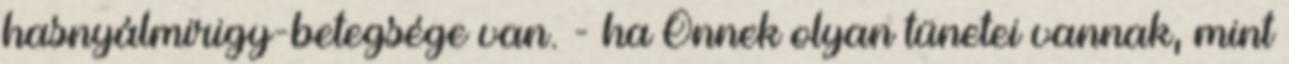
hasnyálmirigy-betegsége van. - ha Önnek olyan tünetei vannak, mint